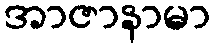
အာဇာနာမာ